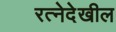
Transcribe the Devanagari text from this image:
रत्‍नेदेखील